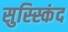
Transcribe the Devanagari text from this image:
सुस्स्किंद